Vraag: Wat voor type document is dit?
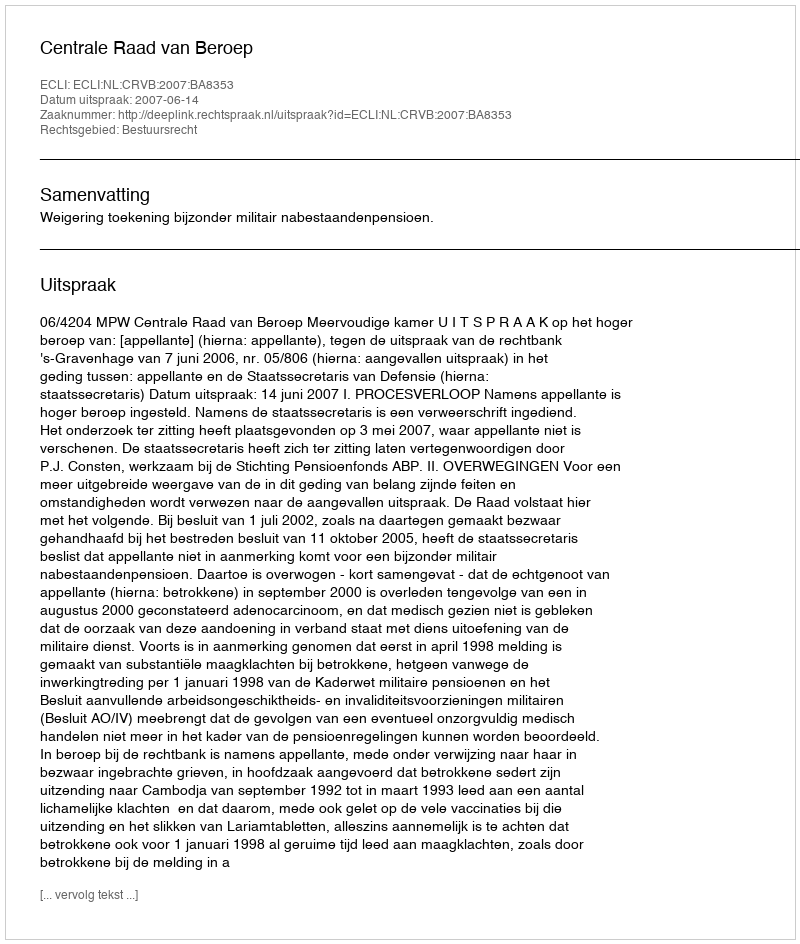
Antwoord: Uitspraak